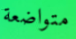
متواضعة